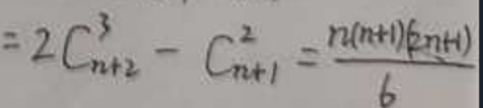
\[
=2C_{n + 2}^{3}-C_{n + 1}^{2}=\frac{n(n + 1)(2n+1)}{6}
\]